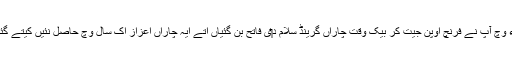
1984ء وچ آپ نے فرنچ اوپن جیت کر بیک وقت چاراں گرینڈ سلام د‏‏ی فاتح بن گئياں اُتے ایہ چاراں اعزاز اک سال وچ حاصل نئيں کیتے گئے سن ۔